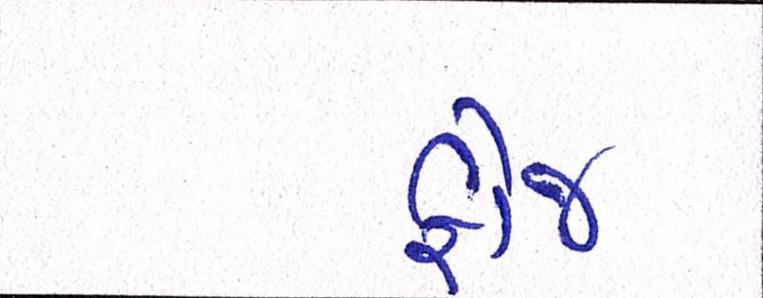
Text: ફોજ